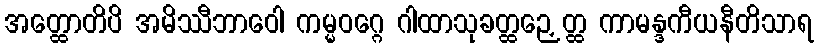
အတ္ထောတိပိ အမိဿီဘာဝေါ ကမ္မဝဂ္ဂေ ဂါထာသုခတ္ထဉှေတ္ထ ကာမန္ဒကီယနီတိသာရ